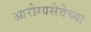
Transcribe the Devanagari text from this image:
आरोग्यसेवेच्या